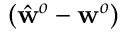
( \hat { \mathbf { w } } ^ { o } - \mathbf { w } ^ { o } )